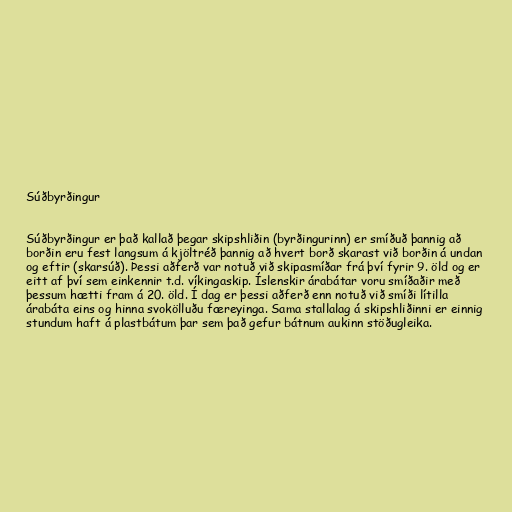
Súðbyrðingur

Súðbyrðingur er það kallað þegar skipshliðin (byrðingurinn) er smíðuð þannig að
borðin eru fest langsum á kjöltréð þannig að hvert borð skarast við borðin á undan
og eftir (skarsúð). Þessi aðferð var notuð við skipasmíðar frá því fyrir 9. öld og er
eitt af því sem einkennir t.d. víkingaskip. Íslenskir árabátar voru smíðaðir með
þessum hætti fram á 20. öld. Í dag er þessi aðferð enn notuð við smíði lítilla
árabáta eins og hinna svokölluðu færeyinga. Sama stallalag á skipshliðinni er einnig
stundum haft á plastbátum þar sem það gefur bátnum aukinn stöðugleika.